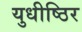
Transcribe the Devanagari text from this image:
युधीष्ठिर